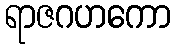
ရာဇဂဟကော